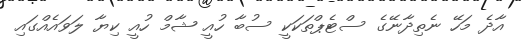
އާދެ މަހޭ ނެތިދާނޭގެ ސްޓެޕްތަކަކީ ސުބާ ހުއީ ޝާމް ހުއީ ކިޔާ ލަވައެއްގައި